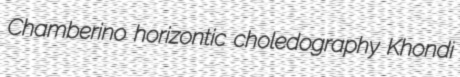
Chamberino horizontic choledography Khondi